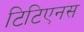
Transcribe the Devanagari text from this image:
टिटिएनस